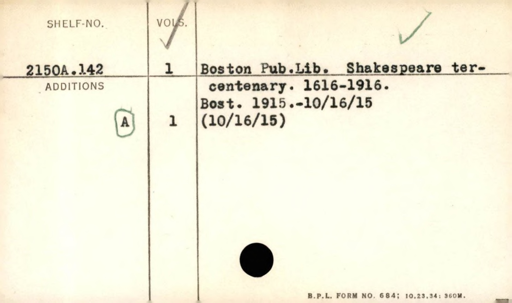
Label: content